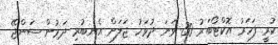
ކުރީ ފަހަރު އޮކްޓޯބަރު 30 ވަނަ ދުވަހު ޖަލަށް އެނބުރި ދަމުން ސަންޖޭ